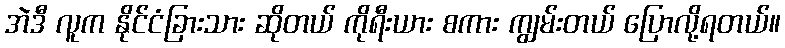
အဲဒီ လူက နိုင်ငံခြားသား ဆိုတယ် ကိုရီးယား စကား ကျွမ်းတယ် ပြောလို့ရတယ်။